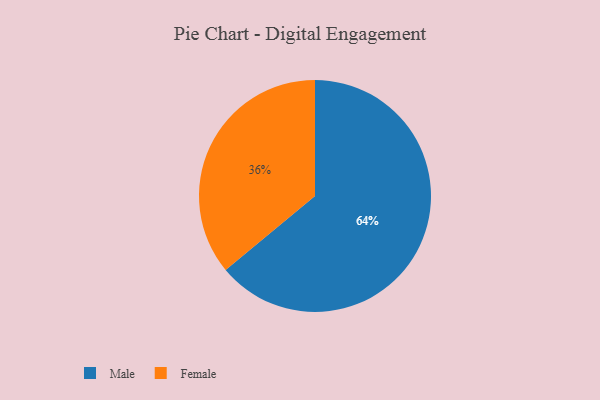
{"axis": {"x": "Category", "y": "Percentage"}, "legend": ["Female", "Male"], "data": [{"x": "Male", "y": 64, "type": "Male"}, {"x": "Female", "y": 36, "type": "Female"}]}